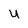
Character: U